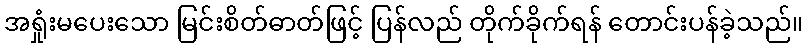
အရှုံးမပေးသော မြင်းစိတ်ဓာတ်ဖြင့် ပြန်လည် တိုက်ခိုက်ရန် တောင်းပန်ခဲ့သည်။